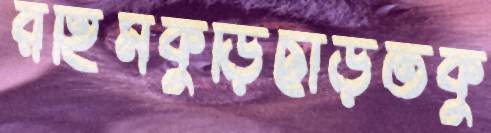
রহিমকুড়িছাড়তকু